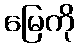
မြေကို